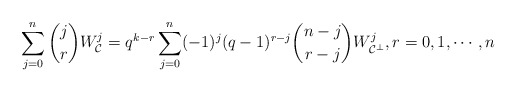
\begin{align*} \sum_{j=0}^n\binom{j}{r}W_{\mathcal{C}}^j = q^{k-r}\sum_{j=0}^n(-1)^j(q-1)^{r-j}\binom{n-j}{r-j}W_{\mathcal{C}^{\perp}}^j, r = 0,1,\cdots,n\end{align*}